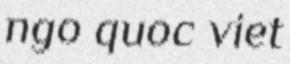
ngo quoc viet